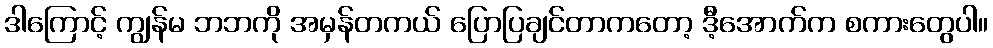
ဒါကြောင့် ကျွန်မ ဘဘကို အမှန်တကယ် ပြောပြချင်တာကတော့ ဒီ့အောက်က စကားတွေပါ။